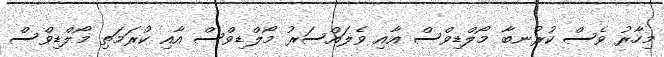
މިހާރު ވެސް ކުރުނބާ މޯލްޑިވްސް އާއި ވެލައްސަރު މޯލްޑިވްސް އާއި ކުރަމަތި މޯލްޑިވްސް